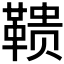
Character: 𱁹